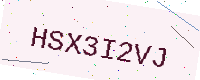
Text: HSX3I2VJ